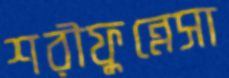
শরীফুন্নেসা